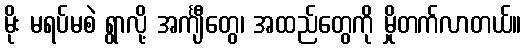
မိုး မရပ်မစဲ ရွာလို့ အင်္ကျီတွေ၊ အထည်တွေကို မှိုတက်လာတယ်။